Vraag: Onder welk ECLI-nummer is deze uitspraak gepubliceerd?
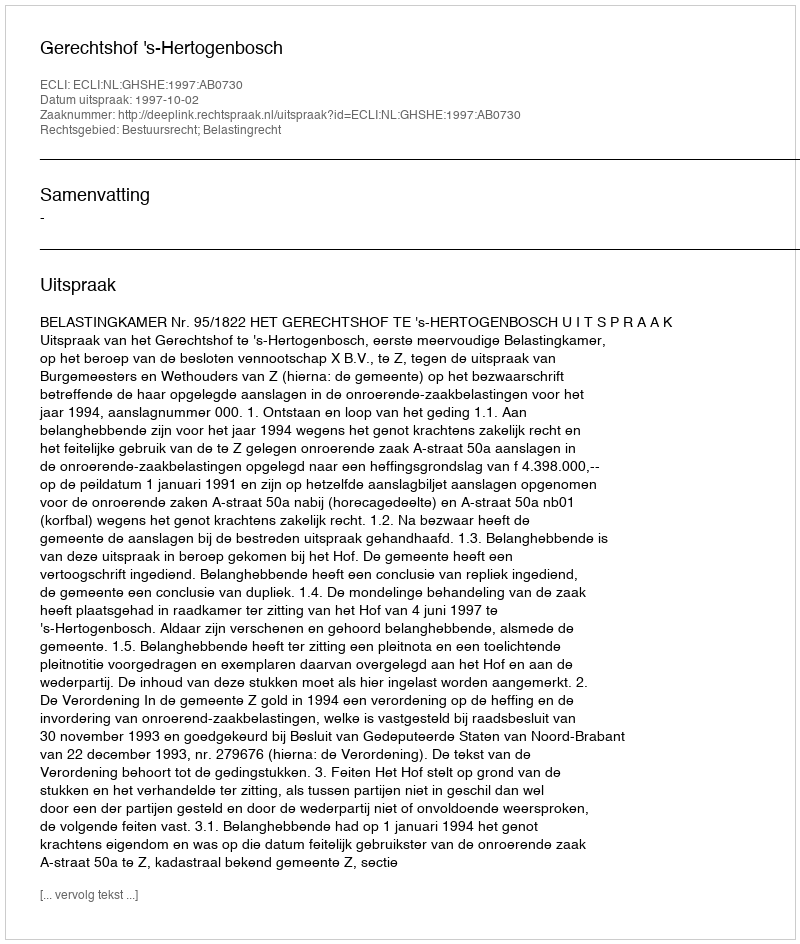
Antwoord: ECLI:NL:GHSHE:1997:AB0730